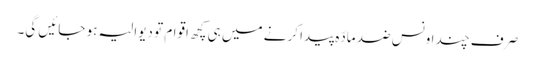
صرف چند اونس ضد مادّہ پیدا کرنے میں ہی کچھ اقوام تو دیوالیہ ہو جائیں گی۔